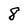
Character: 8